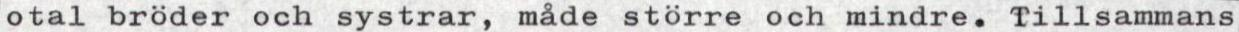
otal bröder och systrar, måde större och mindre. Tillsammans